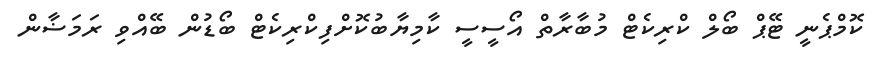
ކޮމްޕެނީ ޓޭޕް ބޯލް ކްރިކެޓް މުބާރާތް އޯސީސީ ކާމިޔާބުކޮށްފިކްރިކެޓް ބޯޑުން ބޭއްވި ރަމަޟާން